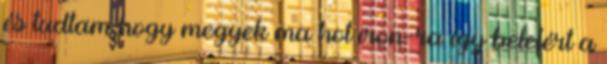
és tudtam,hogy megyek ma hot iron-ra így belefért a